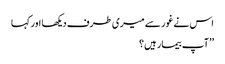
اس نے غور سے میری طرف دیکھا اور کہا
’’آپ بیمار ہیں؟